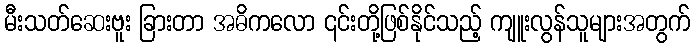
မီးသတ်ဆေးဗူး ခြားတာ အဓိကလော ၎င်းတို့ဖြစ်နိုင်သည့် ကျူးလွန်သူများအတွက်